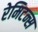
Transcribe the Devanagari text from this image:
रेमिटन्स